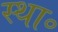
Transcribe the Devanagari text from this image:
स्था॰